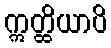
ဣတ္ထိယာပိ